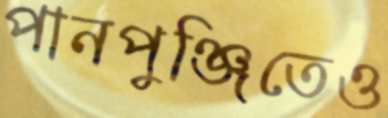
পানপুঞ্জিতেও